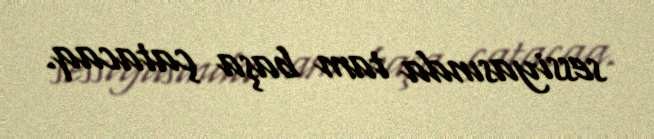
sessiyasında tam başa çatacaq.